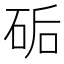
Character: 𥒖